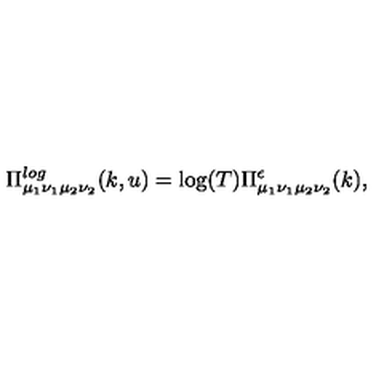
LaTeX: \Pi _ { \mu _ { 1 } \nu _ { 1 } \mu _ { 2 } \nu _ { 2 } } ^ { l o g } ( k , u ) = \log ( T ) \Pi _ { \mu _ { 1 } \nu _ { 1 } \mu _ { 2 } \nu _ { 2 } } ^ { \epsilon } ( k ) ,